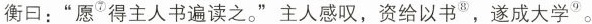
衡曰：”愿^{⑦}得主人书遍读之。”主人感叹，资给以书^{⑧}，遂成大学^{⑨}。